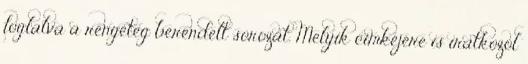
foglalva a rengeteg berendelt sorozat. Melyik címkéjére is iratkozol